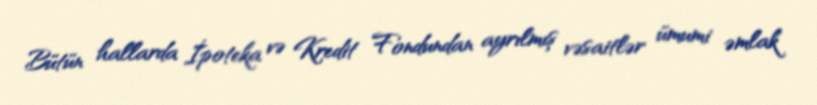
Bütün hallarda İpoteka və Kredit Fondundan ayrılmış vəsaitlər ümumi əmlak